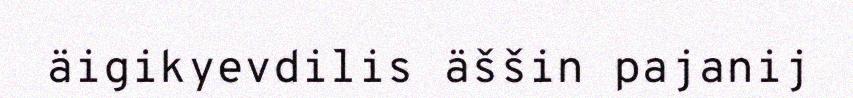
äigikyevdilis äššin pajanij